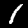
Digit: 1